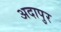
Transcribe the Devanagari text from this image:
अदापुर